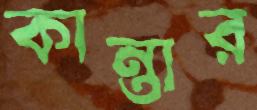
কান্তার